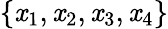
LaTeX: \{ \mathit{x}_{1},\mathit{x}_{2},\mathit{x}_{3},\mathit{x}_{4}\}